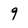
Character: 9